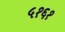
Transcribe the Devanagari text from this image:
५१६१